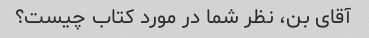
آقای بن، نظر شما در مورد کتاب چیست؟